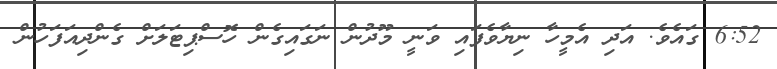
6:52 ގައެވެ. އަދި އެމީހާ ނިޔާވެފައި ވަނީ މޫދުން ނަގައިގެން ހޮސްޕިޓަލަށް ގެންދިއަފަހުން